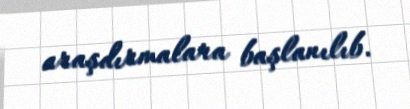
araşdırmalara başlanılıb.